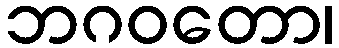
ဘဂဝတော၊